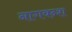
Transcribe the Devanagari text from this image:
नागवन्श